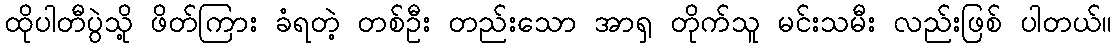
ထိုပါတီပွဲသို့ ဖိတ်ကြား ခံရတဲ့ တစ်ဦး တည်းသော အာရှ တိုက်သူ မင်းသမီး လည်းဖြစ် ပါတယ်။